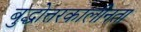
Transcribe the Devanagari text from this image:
बुद्धोत्तरकालीनता